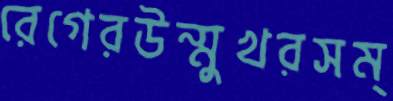
রেগেরউন্মুখরসম্